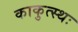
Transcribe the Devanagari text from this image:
काकुत्स्थः